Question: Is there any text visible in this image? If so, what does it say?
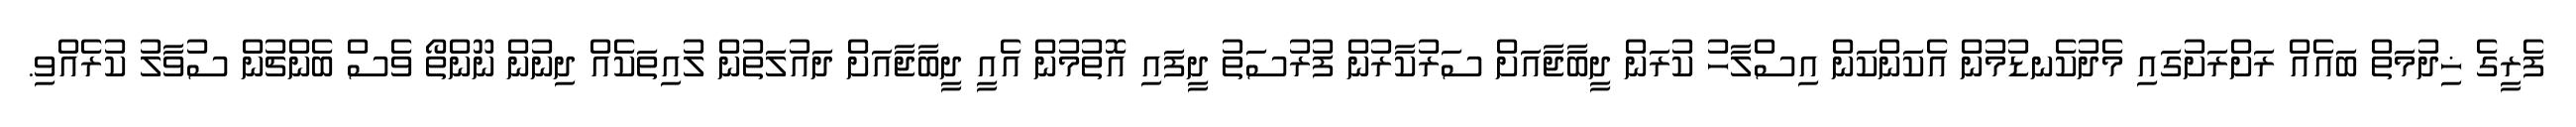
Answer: ފެރީގެ ޚިދުމަތް ބައެއް ރަށްރަށުގައި މެދުކެނޑުމުން އެކަންކަން އިސްލާހު ކުރަން ދީބާޖާއަށް ސަރުކާރުން ފުރުސަތު ދީފައި އޮތުމުން އެއީ ދީބާޖާއަށް ދައުލަތުން ލުއިތަކެއް ދިނުން ނޫންތޯ ވެސް ބެންޗުން ސުވާލު ކުރެއްވި.